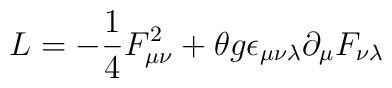
L=-\frac{1}{4}F_{\mu \nu}^2+\theta g \epsilon_{\mu \nu \lambda}\partial_\mu F_{\nu \lambda}